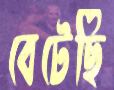
বেটেছি